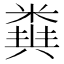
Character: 𥻪